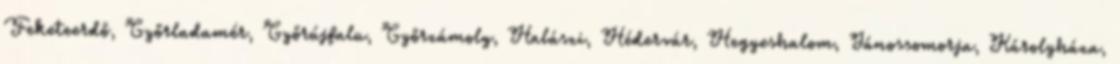
Feketeerdő, Győrladamér, Győrújfalu, Győrzámoly, Halászi, Hédervár, Hegyeshalom, Jánossomorja, Károlyháza,